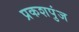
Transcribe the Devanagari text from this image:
प्रकशपुंज